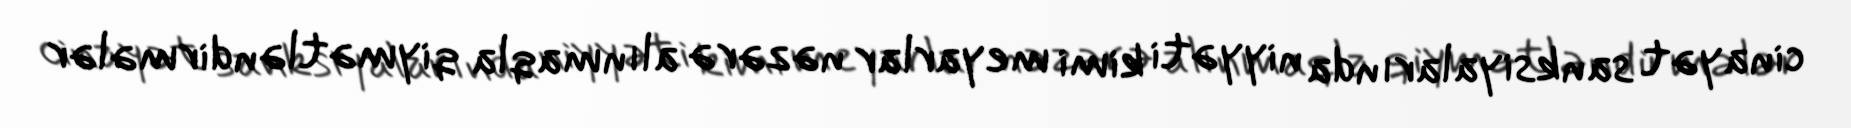
cinayət sanksiyalarında niyyəti kimi meyarlar nəzərə alınmaqla qiymətləndirmələr